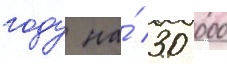
году на́ 30 000